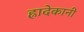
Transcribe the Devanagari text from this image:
ह्रादेकानी